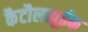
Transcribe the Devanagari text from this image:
कैटौलह्यूईक